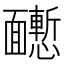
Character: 𩉒